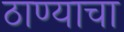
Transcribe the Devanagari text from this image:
ठाण्याचा